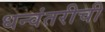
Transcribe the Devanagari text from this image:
धन्वंतरीची